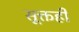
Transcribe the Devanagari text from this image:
सूक्तही